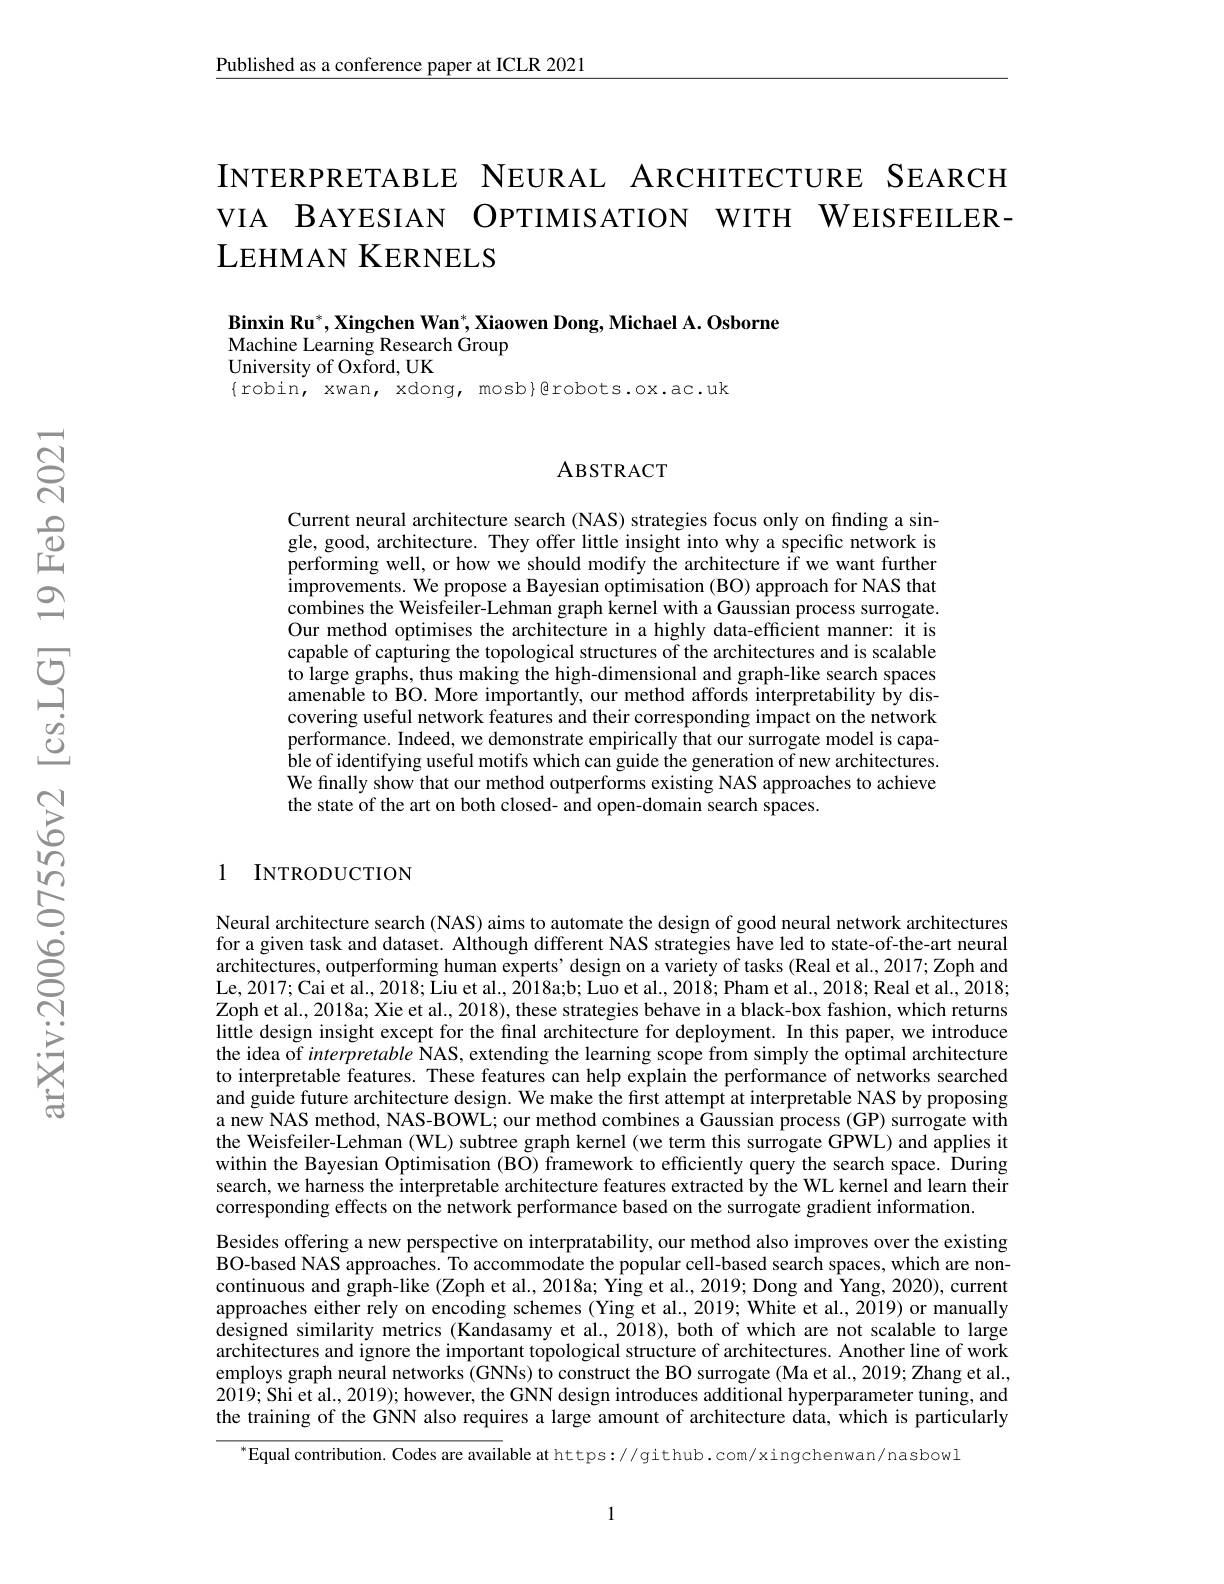
$\underline{\text{Published as a conference paper at ICLR 2021}}$

INTERPRETABLE NEURAL ARCHITECTURE SEARCH VIA BAYESIAN OPTIMISATION WITH WEISFEILER- $\mathrm{LEHMAN~K}_{\mathrm{ERNELS}}$

$\textbf{Binxin Ru}^* , \textbf{Xingchen Wan}^* , \textbf{Xiaowen Dong, Michael A. Osborne}$
Machine Learning Research Group
University of Oxford, UK

$\{$robin, xwan, xdong, mosb}色robots.ox.ac.uk

### ABSTRACT

Current neural architecture search (NAS) strategies focus only on finding a single, good, architecture. They offer little insight into why a specific network is performing well, or how we should modify the architecture if we want further improvements. We propose a Bayesian optimisation ( BO) approach for NAS that combines the Weisfeiler-Lehman graph kernel with a Gaussian process surrogate. Our method optimises the architecture in a highly data-efficient manner: it is capable of capturing the topological structures of the architectures and is scalable to large graphs, thus making the high-dimensional and graph-like search spaces amenable to BO. More importantly, our method affords interpretability by discovering useful network features and their corresponding impact on the network performance. Indeed, we demonstrate empirically that our surrogate model is capable of identifying useful motifs which can guide the generation of new architectures. We finally show that our method outperforms existing NAS approaches to achieve the state of the art on both closed- and open-domain search spaces.

### 1 INTRODUCTION

Neural architecture search (NAS) aims to automate the design of good neural network architectures for a given task and dataset. Although different NAS strategies have led to state-of-the-art neural $\tilde{\text{architectures, outperforming human experts' design on a variety of tasks (Real et al., 2017; Zoph and}}$ Le,2017; Cai et al., 2018; Liu et al., 2018a;b; Luo et al., 2018; Pham et al., 2018; Real et al., 2018; Zoph et al., 2018a; Xie et al., 2018), these strategies behave in a black-box fashion, which returns little design insight except for the final architecture for deployment. In this paper, we introduce the idea of interpretable $\hat{\text{NAS,extending the learning scope from simply the optimal architecture}}$ to interpretable features. These features can help explain the performance of networks searched and guide future architecture design. We make the first attempt at interpretable NAS by proposing a new NAS method, NAS-BOWL; our method combines a Gaussian process (GP) surrogate with the Weisfeiler-Lehman (WL) subtree graph kernel (we term this surrogate GPWL) and applies it within the Bayesian Optimisation (BO) framework to efficiently query the search space. During search, we harness the interpretable architecture features extracted by the WL kernel and learn their corresponding effects on the network performance based on the surrogate gradient information.
Besides offering a new perspective on interpratability, our method also improves over the existing BO-based NAS approaches. To accommodate the popular cell-based search spaces, which are noncontinuous and graph-like (Zoph et al., 2018a; Ying et al., 2019; Dong and Yang, 2020), current approaches either rely on encoding schemes (Ying et al, 2019; White et al., 2019) or manually designed similarity metrics (Kandasamy et al., 2018), both of which are not scalable to large architectures and ignore the important topological structure of architectures. Another line of work employs graph neural networks (GNNs) to construct the BO surrogate (Ma et al., 2019; Zhang et al., 2019; Shi et al., 2019); however, the GNN design introduces additional hyperparameter tuning, and the training of the GNN also requires a large amount of architecture data, which is particularly

$^{*}$Equal contribution. Codes are available at https://github.com/xingchenwan/nasbowl

1